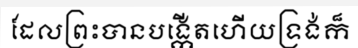
ដែលព្រះបានបង្កើតហើយទ្រង់ក៏